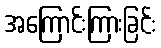
အကြောင်းကြားခြင်း